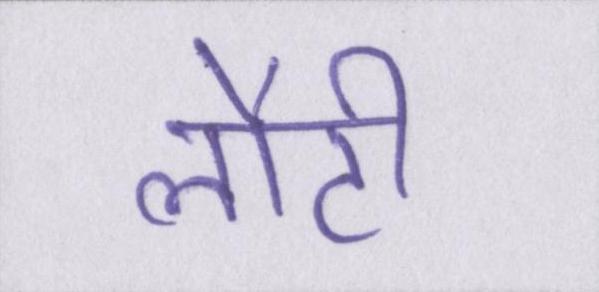
लौटी